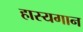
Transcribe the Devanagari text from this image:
हास्यगान